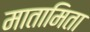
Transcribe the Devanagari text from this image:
मातामिता